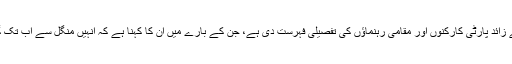
ارمان نے دس سے زائد پارٹی کارکنوں اور مقامی رہنماؤں کی تفصیلی فہرست دی ہے، جن کے بارے میں ان کا کہنا ہے کہ انہیں منگل سے اب تک گرفتار کیا گیا ہے۔